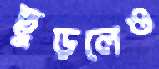
ছুড়লেও